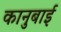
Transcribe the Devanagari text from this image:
कानुबाई